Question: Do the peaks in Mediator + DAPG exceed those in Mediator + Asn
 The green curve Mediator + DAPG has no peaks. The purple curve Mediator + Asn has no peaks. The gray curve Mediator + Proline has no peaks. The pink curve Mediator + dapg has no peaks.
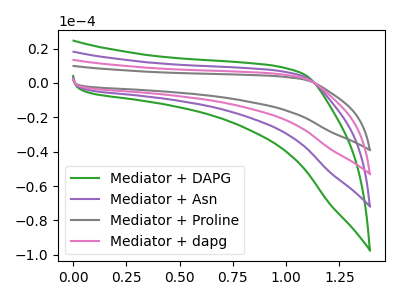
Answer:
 <answer>Niether CV has any peaks.</answer>
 <eval>blanks</eval>